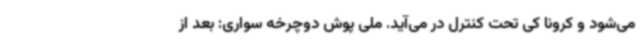
می‌شود و کرونا کی تحت کنترل در می‌آید. ملی پوش دوچرخه سواری: بعد از